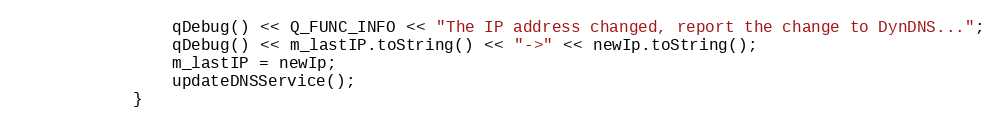
Language: C++
                qDebug() << Q_FUNC_INFO << "The IP address changed, report the change to DynDNS...";
                qDebug() << m_lastIP.toString() << "->" << newIp.toString();
                m_lastIP = newIp;
                updateDNSService();
            }